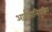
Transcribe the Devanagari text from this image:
आईसोलियूसिन